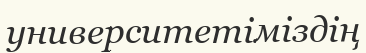
университетіміздің